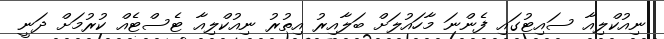
ނިއުކްލިއާ ސައިޓުގައި ފެންނަ މާހައުލަށް ބަލާއިރު އިތުރު ނިއުކްލިއާ ޓެސްޓެއް ކުރުމަށް ދަނީ